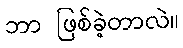
ဘာ ဖြစ်ခဲ့တာလဲ။